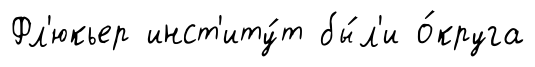
Фл'юкьер инст'иту́т бы́л'и о́круга